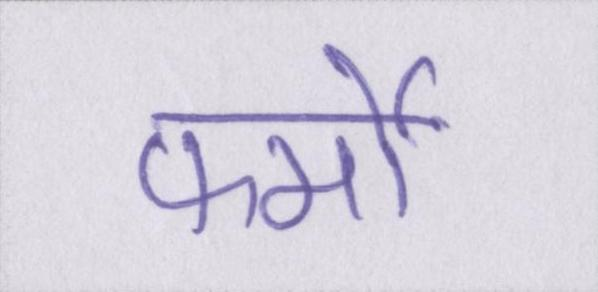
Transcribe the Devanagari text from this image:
फर्मों